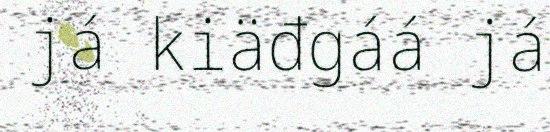
já kiäđgáá já